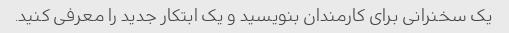
یک سخنرانی برای کارمندان بنویسید و یک ابتکار جدید را معرفی کنید.